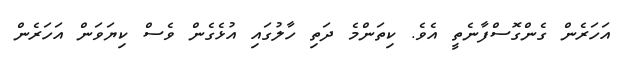
އަހަރެން ގެންގޮސްފާނެތީ އެވެ. ކިތަންމެ ދަތި ހާލުގައި އުޅެގެން ވެސް ކިޔަވަން އަހަރެން